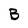
Character: B